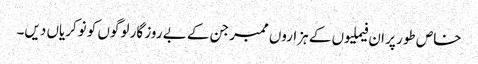
خاص طور پر ان فیملیوں کے ہزاروں ممبر جن کے بے روز گار لوگوں کو نوکریاں دیں۔